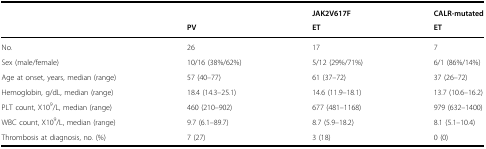
<table><thead><tr><td></td><td></td><td><b>JAK2V617F</b></td><td><b>CALR-mutated</b></td></tr><tr><td></td><td><b>PV</b></td><td><b>ET</b></td><td><b>ET</b></td></tr></thead><tbody><tr><td>No.</td><td>26</td><td>17</td><td>7</td></tr><tr><td>Sex (male/female)</td><td>10/16 (38%/62%)</td><td>5/12 (29%/71%)</td><td>6/1 (86%/14%)</td></tr><tr><td>Age at onset, years, median (range)</td><td>57 (40–77)</td><td>61 (37–72)</td><td>37 (26–72)</td></tr><tr><td>Hemoglobin, g/dL, median (range)</td><td>18.4 (14.3–25.1)</td><td>14.6 (11.9–18.1)</td><td>13.7 (10.6–16.2)</td></tr><tr><td>PLT count, X10<sup>9</sup>/L, median (range)</td><td>460 (210–902)</td><td>677 (481–1168)</td><td>979 (632–1400)</td></tr><tr><td>WBC count, X10<sup>9</sup>/L, median (range)</td><td>9.7 (6.1–89.7)</td><td>8.7 (5.9–18.2)</td><td>8.1 (5.1–10.4)</td></tr><tr><td>Thrombosis at diagnosis, no. (%)</td><td>7 (27)</td><td>3 (18)</td><td>0 (0)</td></tr></tbody></table>